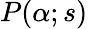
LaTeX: P(\alpha;s)